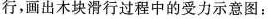
行，过程中的受力示意图：